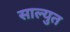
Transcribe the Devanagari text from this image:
साल्युत